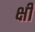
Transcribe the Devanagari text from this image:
क्षीं